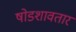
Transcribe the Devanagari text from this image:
षोडशावतार